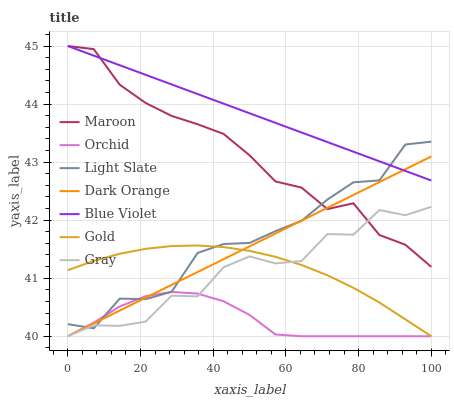
| xaxis_label | Maroon | Orchid | Light Slate | Dark Orange | Blue Violet | Gold | Gray |
 | --- | --- | --- | --- | --- | --- | --- | --- |
 | 0 | 45 | 40 | 40.2 | 40 | 45 | 41.1 | 40 |
 | 7.14 | 44.9 | 40.2 | 40.1 | 40.2 | 44.8 | 41.3 | 40.2 |
 | 14.3 | 44.3 | 40.5 | 40.6 | 40.4 | 44.7 | 41.4 | 40.2 |
 | 21.4 | 44 | 40.7 | 40.6 | 40.7 | 44.5 | 41.5 | 40.3 |
 | 28.6 | 43.8 | 40.8 | 40.8 | 40.9 | 44.3 | 41.6 | 40.7 |
 | 35.7 | 43.7 | 40.7 | 41.4 | 41.1 | 44.2 | 41.6 | 40.7 |
 | 42.9 | 43.5 | 40.6 | 41.6 | 41.3 | 44 | 41.5 | 41.2 |
 | 50 | 43.1 | 40.4 | 41.6 | 41.5 | 43.8 | 41.5 | 41.4 |
 | 57.1 | 42.7 | 40 | 41.8 | 41.8 | 43.7 | 41.4 | 41.3 |
 | 64.3 | 42.6 | 40 | 42 | 42 | 43.5 | 41.2 | 41.3 |
 | 71.4 | 42.2 | 40 | 42.4 | 42.2 | 43.3 | 41.1 | 41.8 |
 | 78.6 | 42.3 | 40 | 42.7 | 42.4 | 43.2 | 40.8 | 41.7 |
 | 85.7 | 41.7 | 40 | 42.7 | 42.7 | 43 | 40.6 | 42.2 |
 | 92.9 | 41.6 | 40 | 43.3 | 42.9 | 42.8 | 40.3 | 42.1 |
 | 100 | 41.2 | 40 | 43.4 | 43.1 | 42.7 | 40 | 42.2 |